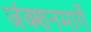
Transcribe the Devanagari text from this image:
जंक्शनमार्गे